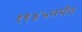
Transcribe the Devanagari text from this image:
१९४५पर्यंत